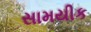
સામયીક